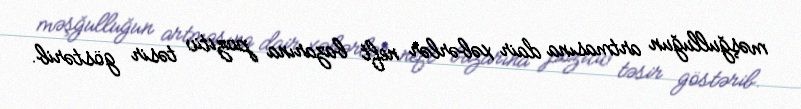
məşğulluğun artmasına dair xəbərlər neft bazarına pozitiv təsir göstərib.